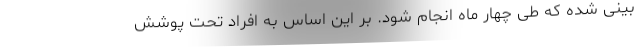
بینی شده که طی چهار ماه انجام شود. بر این اساس به افراد تحت پوشش